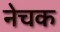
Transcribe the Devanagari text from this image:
नेचक